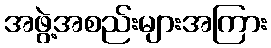
အဖွဲ့အစည်းများအကြား